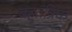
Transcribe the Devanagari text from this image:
बहुतंत्रिक